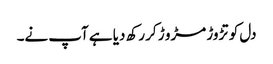
دل کو تڑوڑ مڑو ڑ کر رکھ دیا ہے آپ نے۔